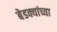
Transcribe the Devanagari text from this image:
बेडक्यांच्या